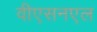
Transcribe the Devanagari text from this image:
वीएसनएल